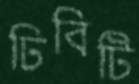
ঢিবিটি